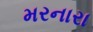
મરનારા